NAE_EAOK_eestikeelsed_sunnimeetrikad, lk 168
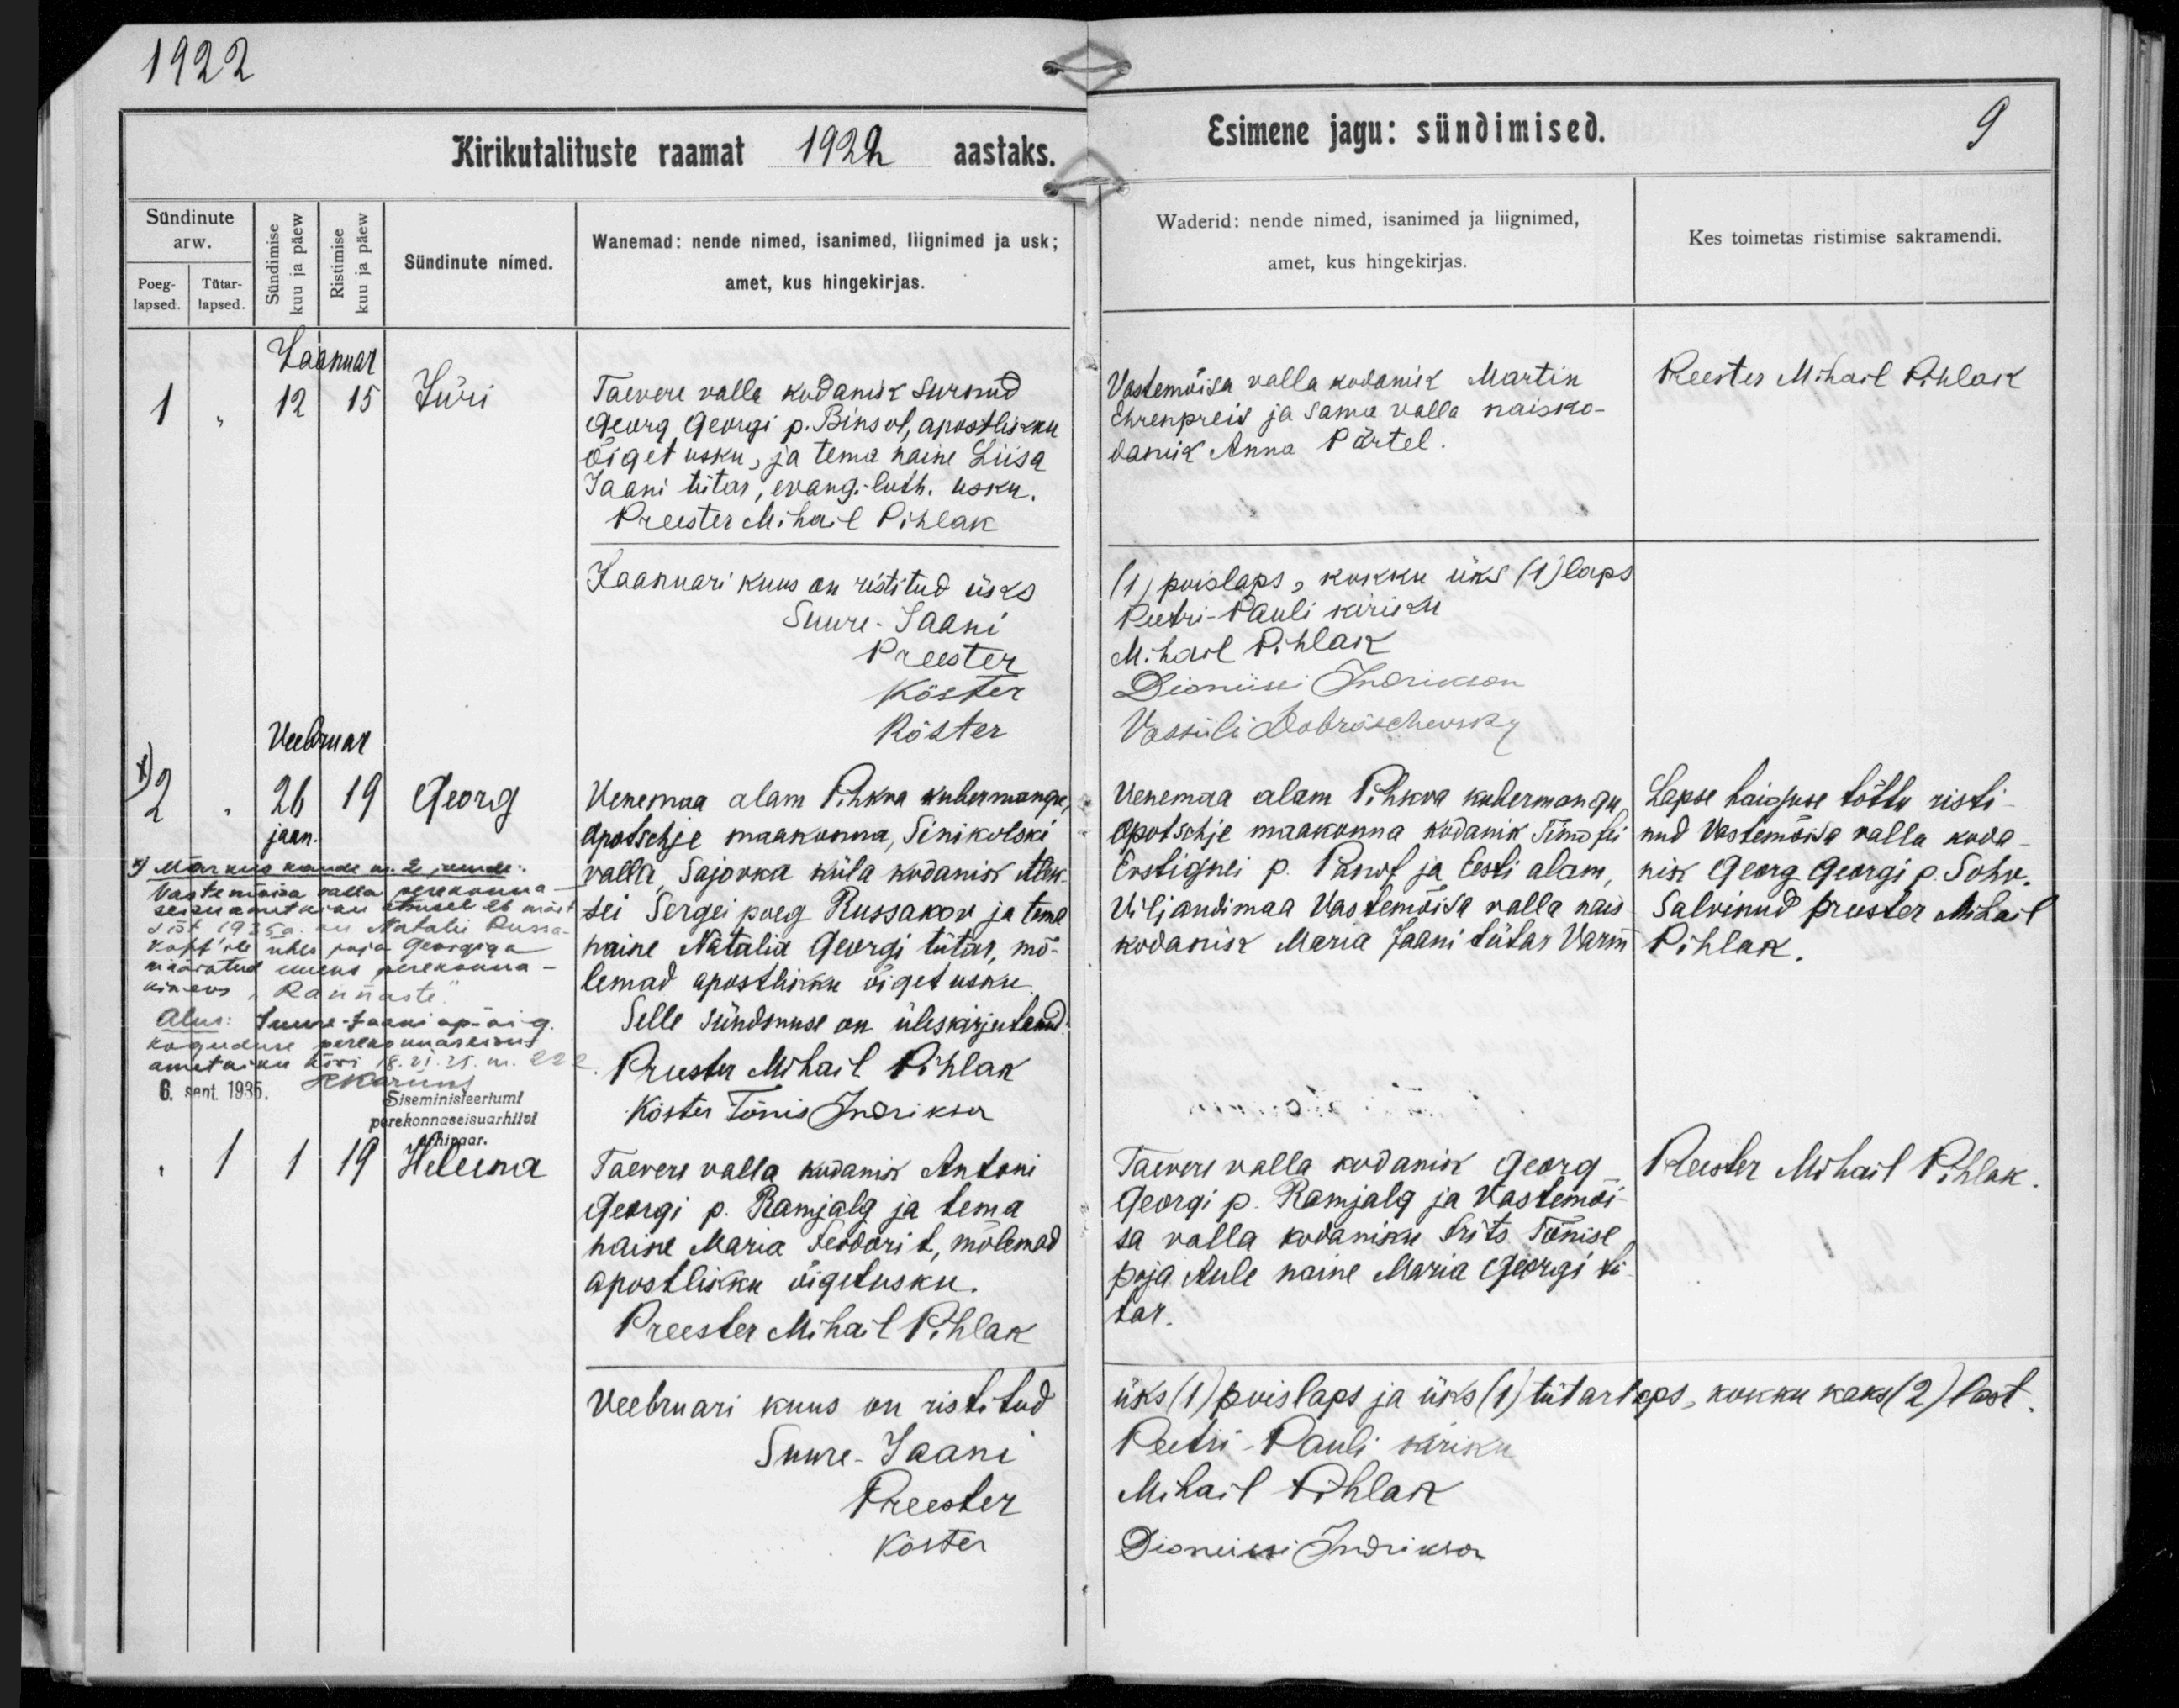
Jüri

Georg

Helena

Taevere valla kodanik surnud
Georg Georgi p. Binsol, apostlikku
õiget usku, ja tema naine Liisa
Jaani tütar, evang.-luth. usku.

Venemaa alam Pihkva kunermangu,
Apotschje maakonna, Sinikolski
valla Sajonka küla kodanik Alek-
sei Sergei poeg Russakov ja tema
naine Natalie Georgi tütar, mõ-
lemad apostliku õiget usku.

Taevere valla kodanik Antoni
Georgi p. Ramjalg ja tema
naine Marie Feodori t., mõlemad
apostliku õigetusku.